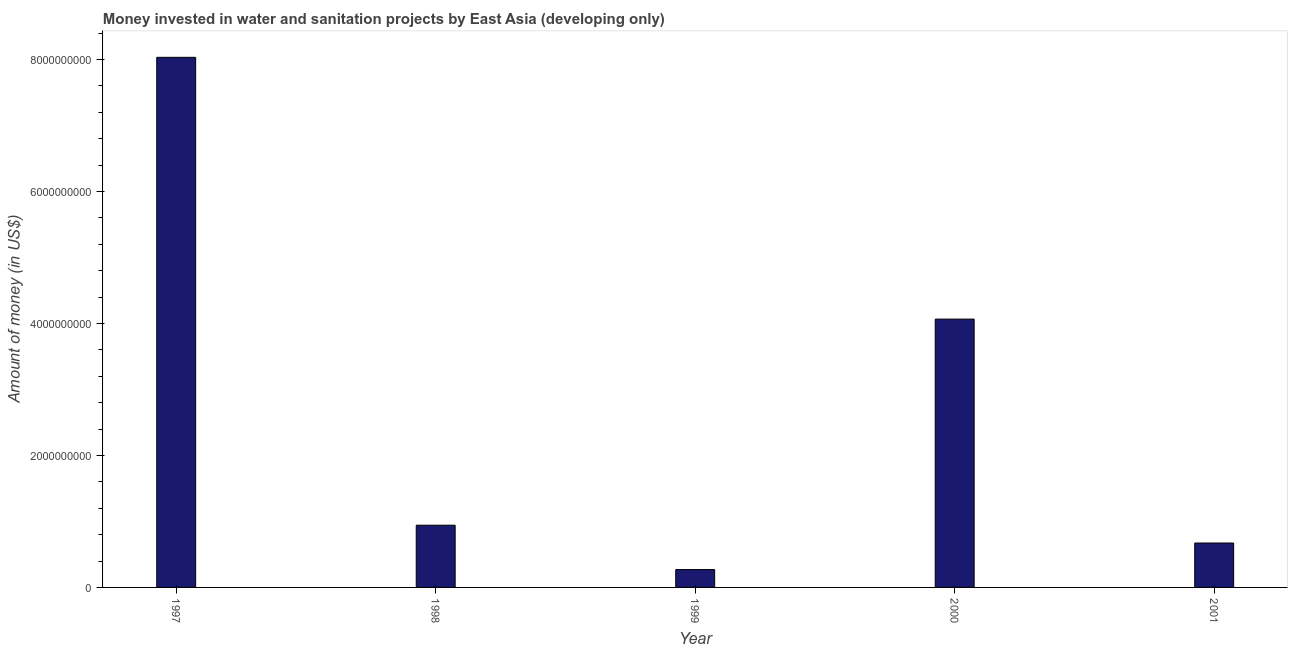
| Year | Investment |
 | --- | --- |
 | 1997 | 8.03e+09 |
 | 1998 | 9.43e+08 |
 | 1999 | 2.70e+08 |
 | 2000 | 4.07e+09 |
 | 2001 | 6.73e+08 |